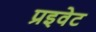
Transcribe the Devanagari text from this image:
प्रइवेट